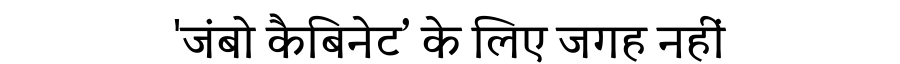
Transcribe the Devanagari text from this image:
'जंबो कैबिनेट’ के लिए जगह नहीं